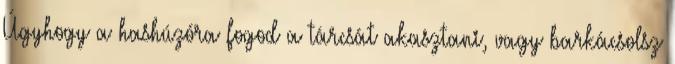
Úgyhogy a hashúzóra fogod a tárcsát akasztani, vagy barkácsolsz